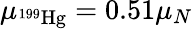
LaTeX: \mu_{^{199}\mathrm{{Hg}}}=0.51\mu_{N}